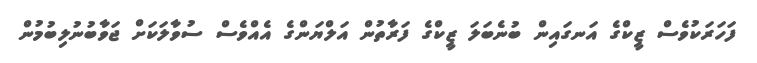
ފަހަރަކުވެސް ޒީކްގެ އަނގައިން ބުނެބަލަ ޒީކްގެ ފަރާތުން އަލްޔަންގެ އެއްވެސް ސުވާލަކަށް ޖަވާބުނުލިބުމުން